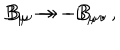
B _ { \mu \nu } \rightarrow - B _ { \mu \nu } \, , \hspace { 1 . 2 c m } B _ { \mu } \rightarrow - B _ { \mu } \, .